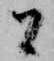
間